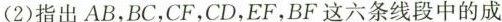
(2)指出AB，BC，CF，CD，EF，BF这六条线段中的成